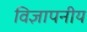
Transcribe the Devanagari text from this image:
विज्ञापनीय